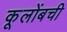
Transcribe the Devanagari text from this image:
कूलोंबची